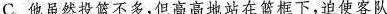
C. 他虽然投篮不多，但高高地站在篮框下，迫使客队